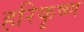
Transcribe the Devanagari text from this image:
हरिकृष्‍ण